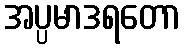
အပ္ပမာဒရတော